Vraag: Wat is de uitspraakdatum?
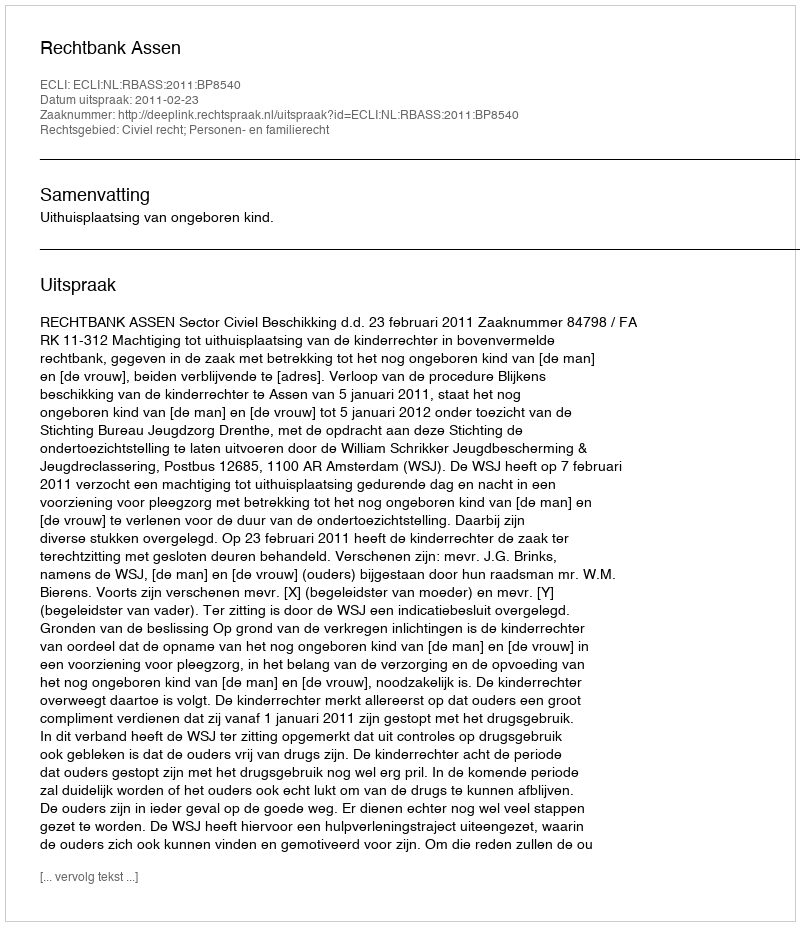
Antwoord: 2011-02-23